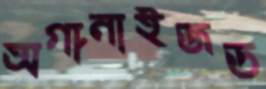
অর্গানাইজড